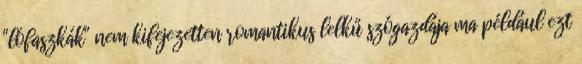
"lófaszkák" nem kifejezetten romantikus lelkű szógazdája ma például ezt